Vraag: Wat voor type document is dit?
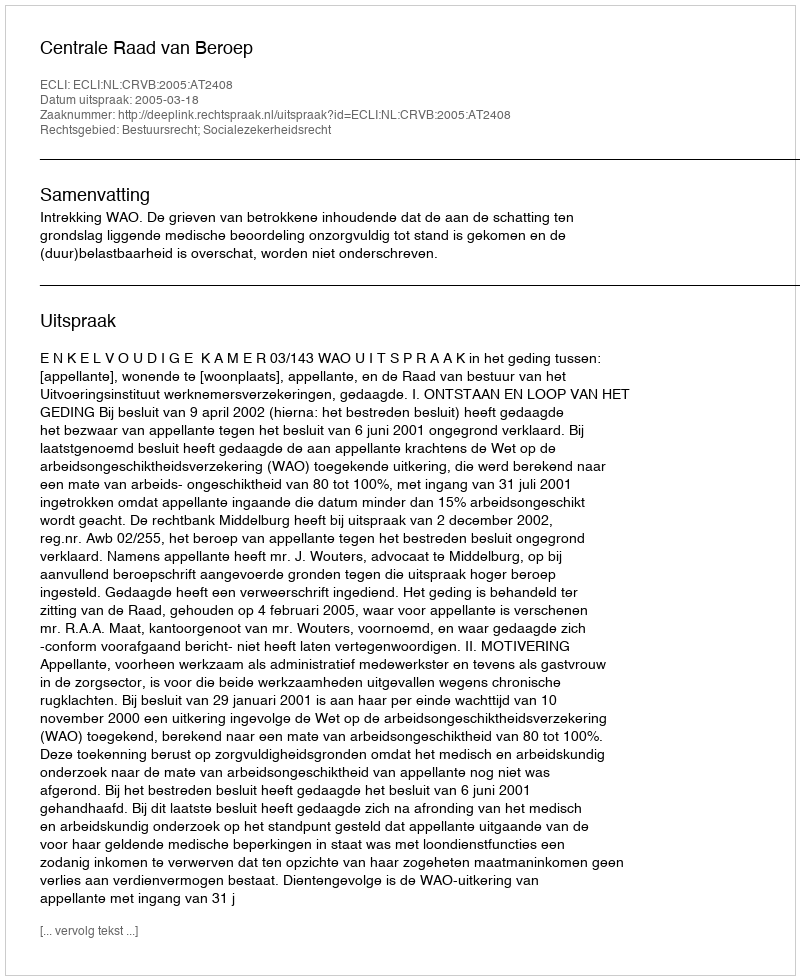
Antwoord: Uitspraak